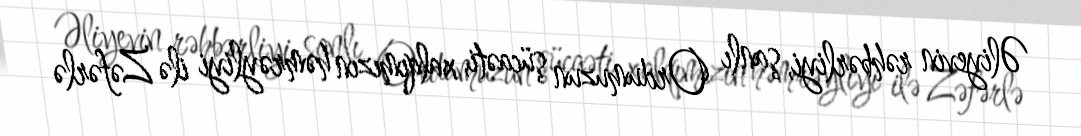
Əliyevin rəhbərliyi, şanlı Ordumuzun şücaəti, xalqımızın həmrəyliyi ilə Zəfərlə